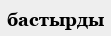
бастырды